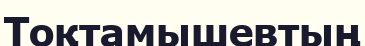
Тоқтамышевтың